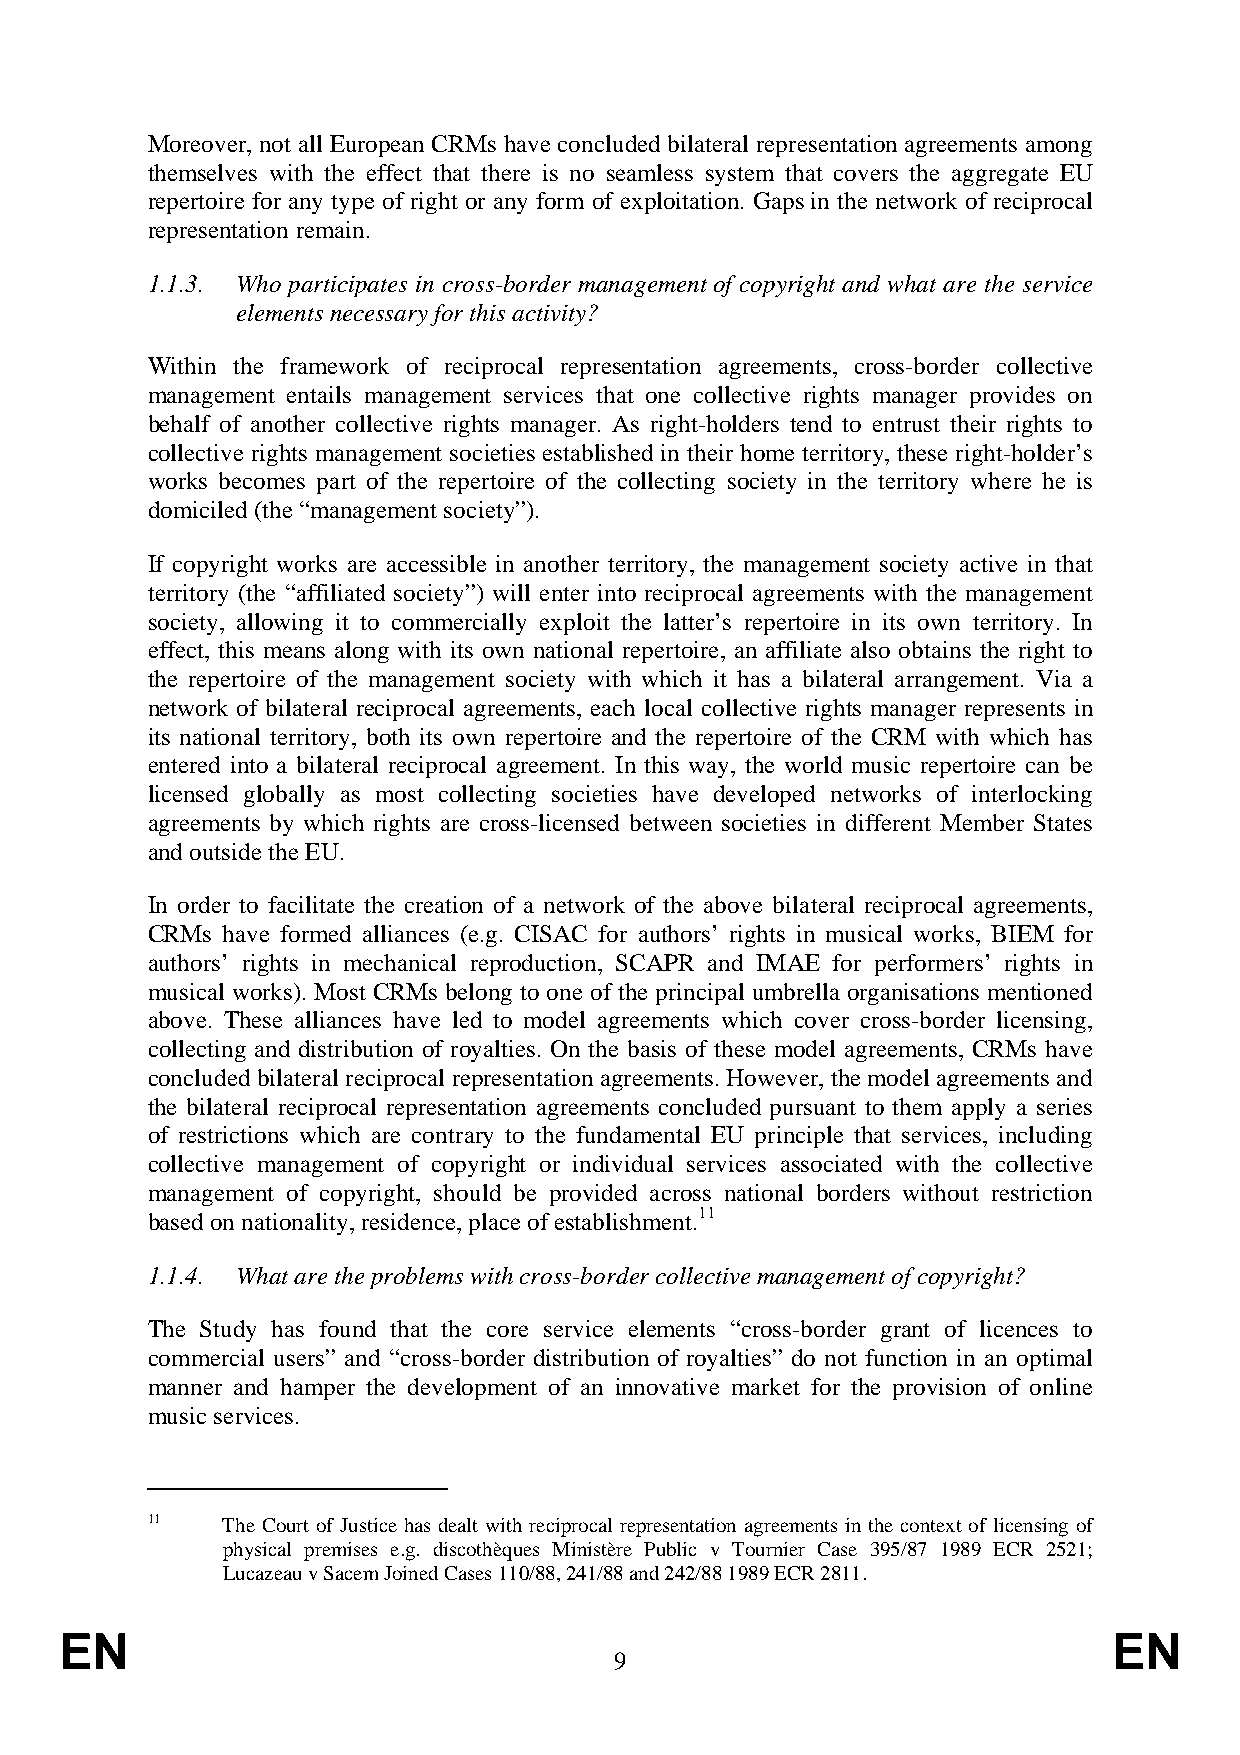
Moreover, not all European CRMs have concluded bilateral representation agreements among
 themselves with the effect that there is no seamless system that covers the aggregate EU
 repertoire for any type of right or any form of exploitation. Gaps in the network of reciprocal
 representation remain.
 1.1.3. Who participates in cross-border management of copyright and what are the service
 elements necessary for this activity?
 Within the framework of reciprocal representation agreements, cross-border collective
 management entails management services that one collective rights manager provides on
 behalf of another collective rights manager. As right-holders tend to entrust their rights to
 collective rights management societies established in their home territory, these right-holder’s
 works becomes part of the repertoire of the collecting society in the territory where he is
 domiciled (the “management society”).
 If copyright works are accessible in another territory, the management society active in that
 territory (the “affiliated society”) will enter into reciprocal agreements with the management
 society, allowing it to commercially exploit the latter’s repertoire in its own territory. In
 effect, this means along with its own national repertoire, an affiliate also obtains the right to
 the repertoire of the management society with which it has a bilateral arrangement. Via a
 network of bilateral reciprocal agreements, each local collective rights manager represents in
 its national territory, both its own repertoire and the repertoire of the CRM with which has
 entered into a bilateral reciprocal agreement. In this way, the world music repertoire can be
 licensed globally as most collecting societies have developed networks of interlocking
 agreements by which rights are cross-licensed between societies in different Member States
 and outside the EU.
 In order to facilitate the creation of a network of the above bilateral reciprocal agreements,
 CRMs have formed alliances (e.g. CISAC for authors’ rights in musical works, BIEM for
 authors’ rights in mechanical reproduction, SCAPR and IMAE for performers’ rights in
 musical works). Most CRMs belong to one of the principal umbrella organisations mentioned
 above. These alliances have led to model agreements which cover cross-border licensing,
 collecting and distribution of royalties. On the basis of these model agreements, CRMs have
 concluded bilateral reciprocal representation agreements. However, the model agreements and
 the bilateral reciprocal representation agreements concluded pursuant to them apply a series
 of restrictions which are contrary to the fundamental EU principle that services, including
 collective management of copyright or individual services associated with the collective
 management of copyright, should be provided across national borders without restriction
 based on nationality, residence, place of establishment.11
 1.1.4. What are the problems with cross-border collective management of copyright?
 The Study has found that the core service elements “cross-border grant of licences to
 commercial users” and “cross-border distribution of royalties” do not function in an optimal
 manner and hamper the development of an innovative market for the provision of online
 music services.
 11   The Court of Justice has dealt with reciprocal representation agreements in the context of licensing of
 physical premises e.g. discothèques Ministère Public v Tournier Case 395/87 1989 ECR 2521;
 Lucazeau v Sacem Joined Cases 110/88, 241/88 and 242/88 1989 ECR 2811.
 EN                                                                    EN
 9